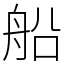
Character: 船